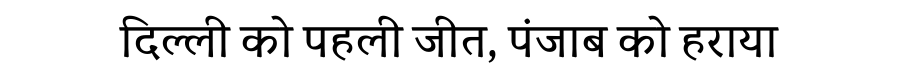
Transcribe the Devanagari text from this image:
दिल्ली को पहली जीत, पंजाब को हराया